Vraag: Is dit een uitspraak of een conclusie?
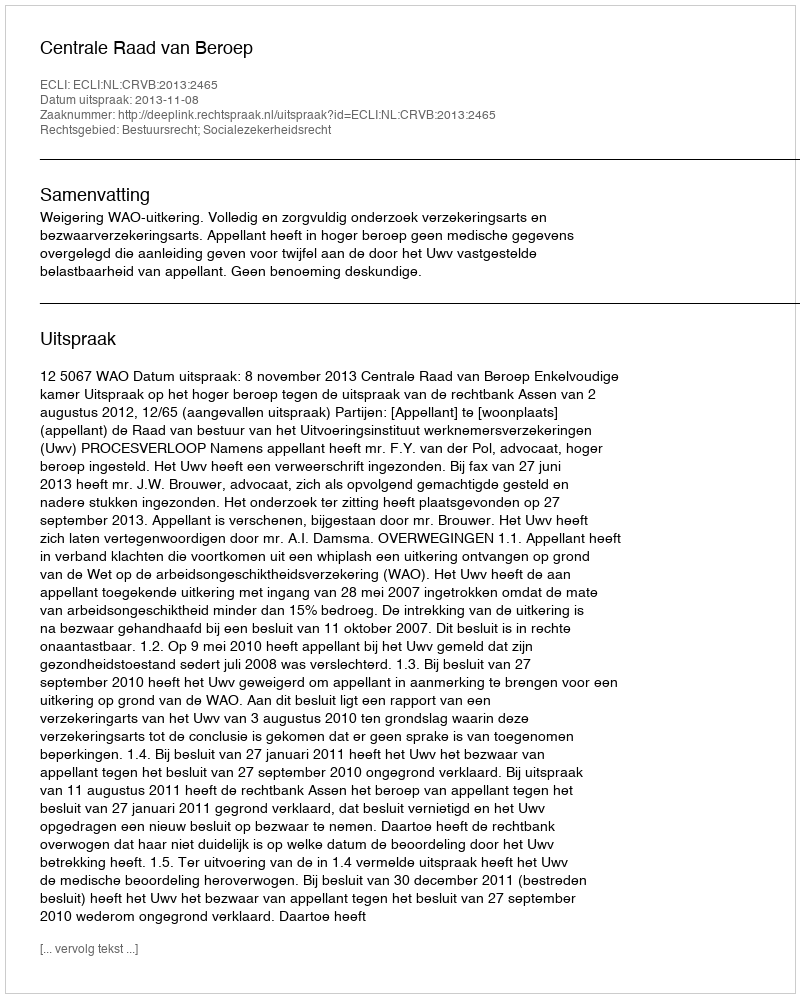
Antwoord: Uitspraak